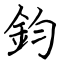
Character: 鈞